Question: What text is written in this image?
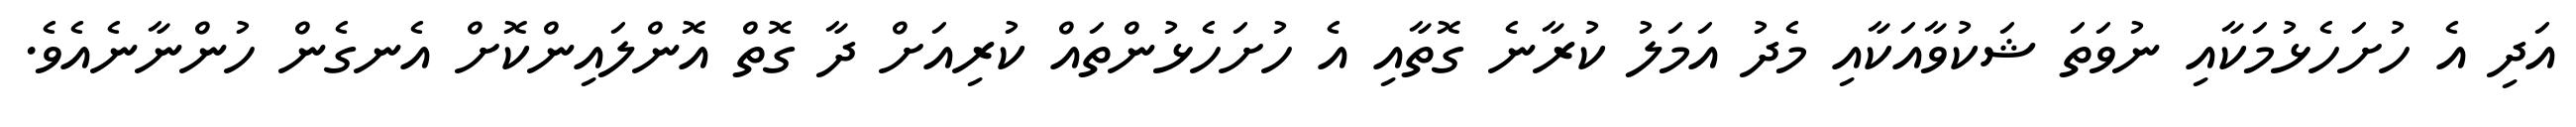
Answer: އަދި އެ ހުށަހެޅުމަކާއި ނުވަތަ ޝަކުވާއަކާއި މެދު އަމަލު ކުރާނެ ގޮތާއި އެ ހުށަހެޅުންތައް ކުރިއަށް ދާ ގޮތް އޮންލައިންކޮށް އެނގެން ހުންނާނެއެވެ.